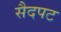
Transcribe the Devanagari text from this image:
सैदपट